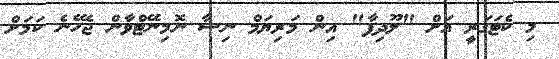
މި ކެޓަގަރީ އަށް "ލޫދިފާ" އިން މަރިޔަމް ނިޝާ ނޮމިނޭޓްވާން ޖެހޭނެ ކަމަށް